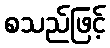
စသည်ဖြင့်